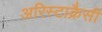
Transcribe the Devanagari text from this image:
अरिस्टाक्रैसी